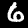
Label: 6